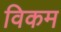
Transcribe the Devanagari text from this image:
विकम